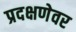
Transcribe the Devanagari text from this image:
प्रदक्षणेवर